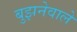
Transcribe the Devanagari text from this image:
बुझनेवाले